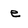
Character: e